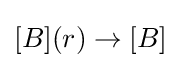
[B](r)\rightarrow [B]